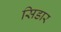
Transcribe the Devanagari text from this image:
सिडार